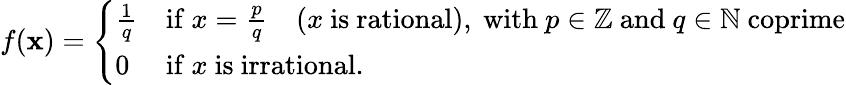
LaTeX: f(\mathbf{x})={\left\{ \begin{array}{ll}{{\frac{1}{q}}}&{{\mathrm{if~}}x={\frac{p}{q}}\quad(x{\mathrm{~is~rational),~with~}}p\in\mathbb{Z}{\mathrm{~and~}}q\in\mathbb{N}{\mathrm{~coprime}}}\\ {0}&{{\mathrm{if~}}x{\mathrm{~is~irrational.}}}\end{array}\right.}